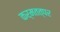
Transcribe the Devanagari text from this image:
कर्मतत्पर